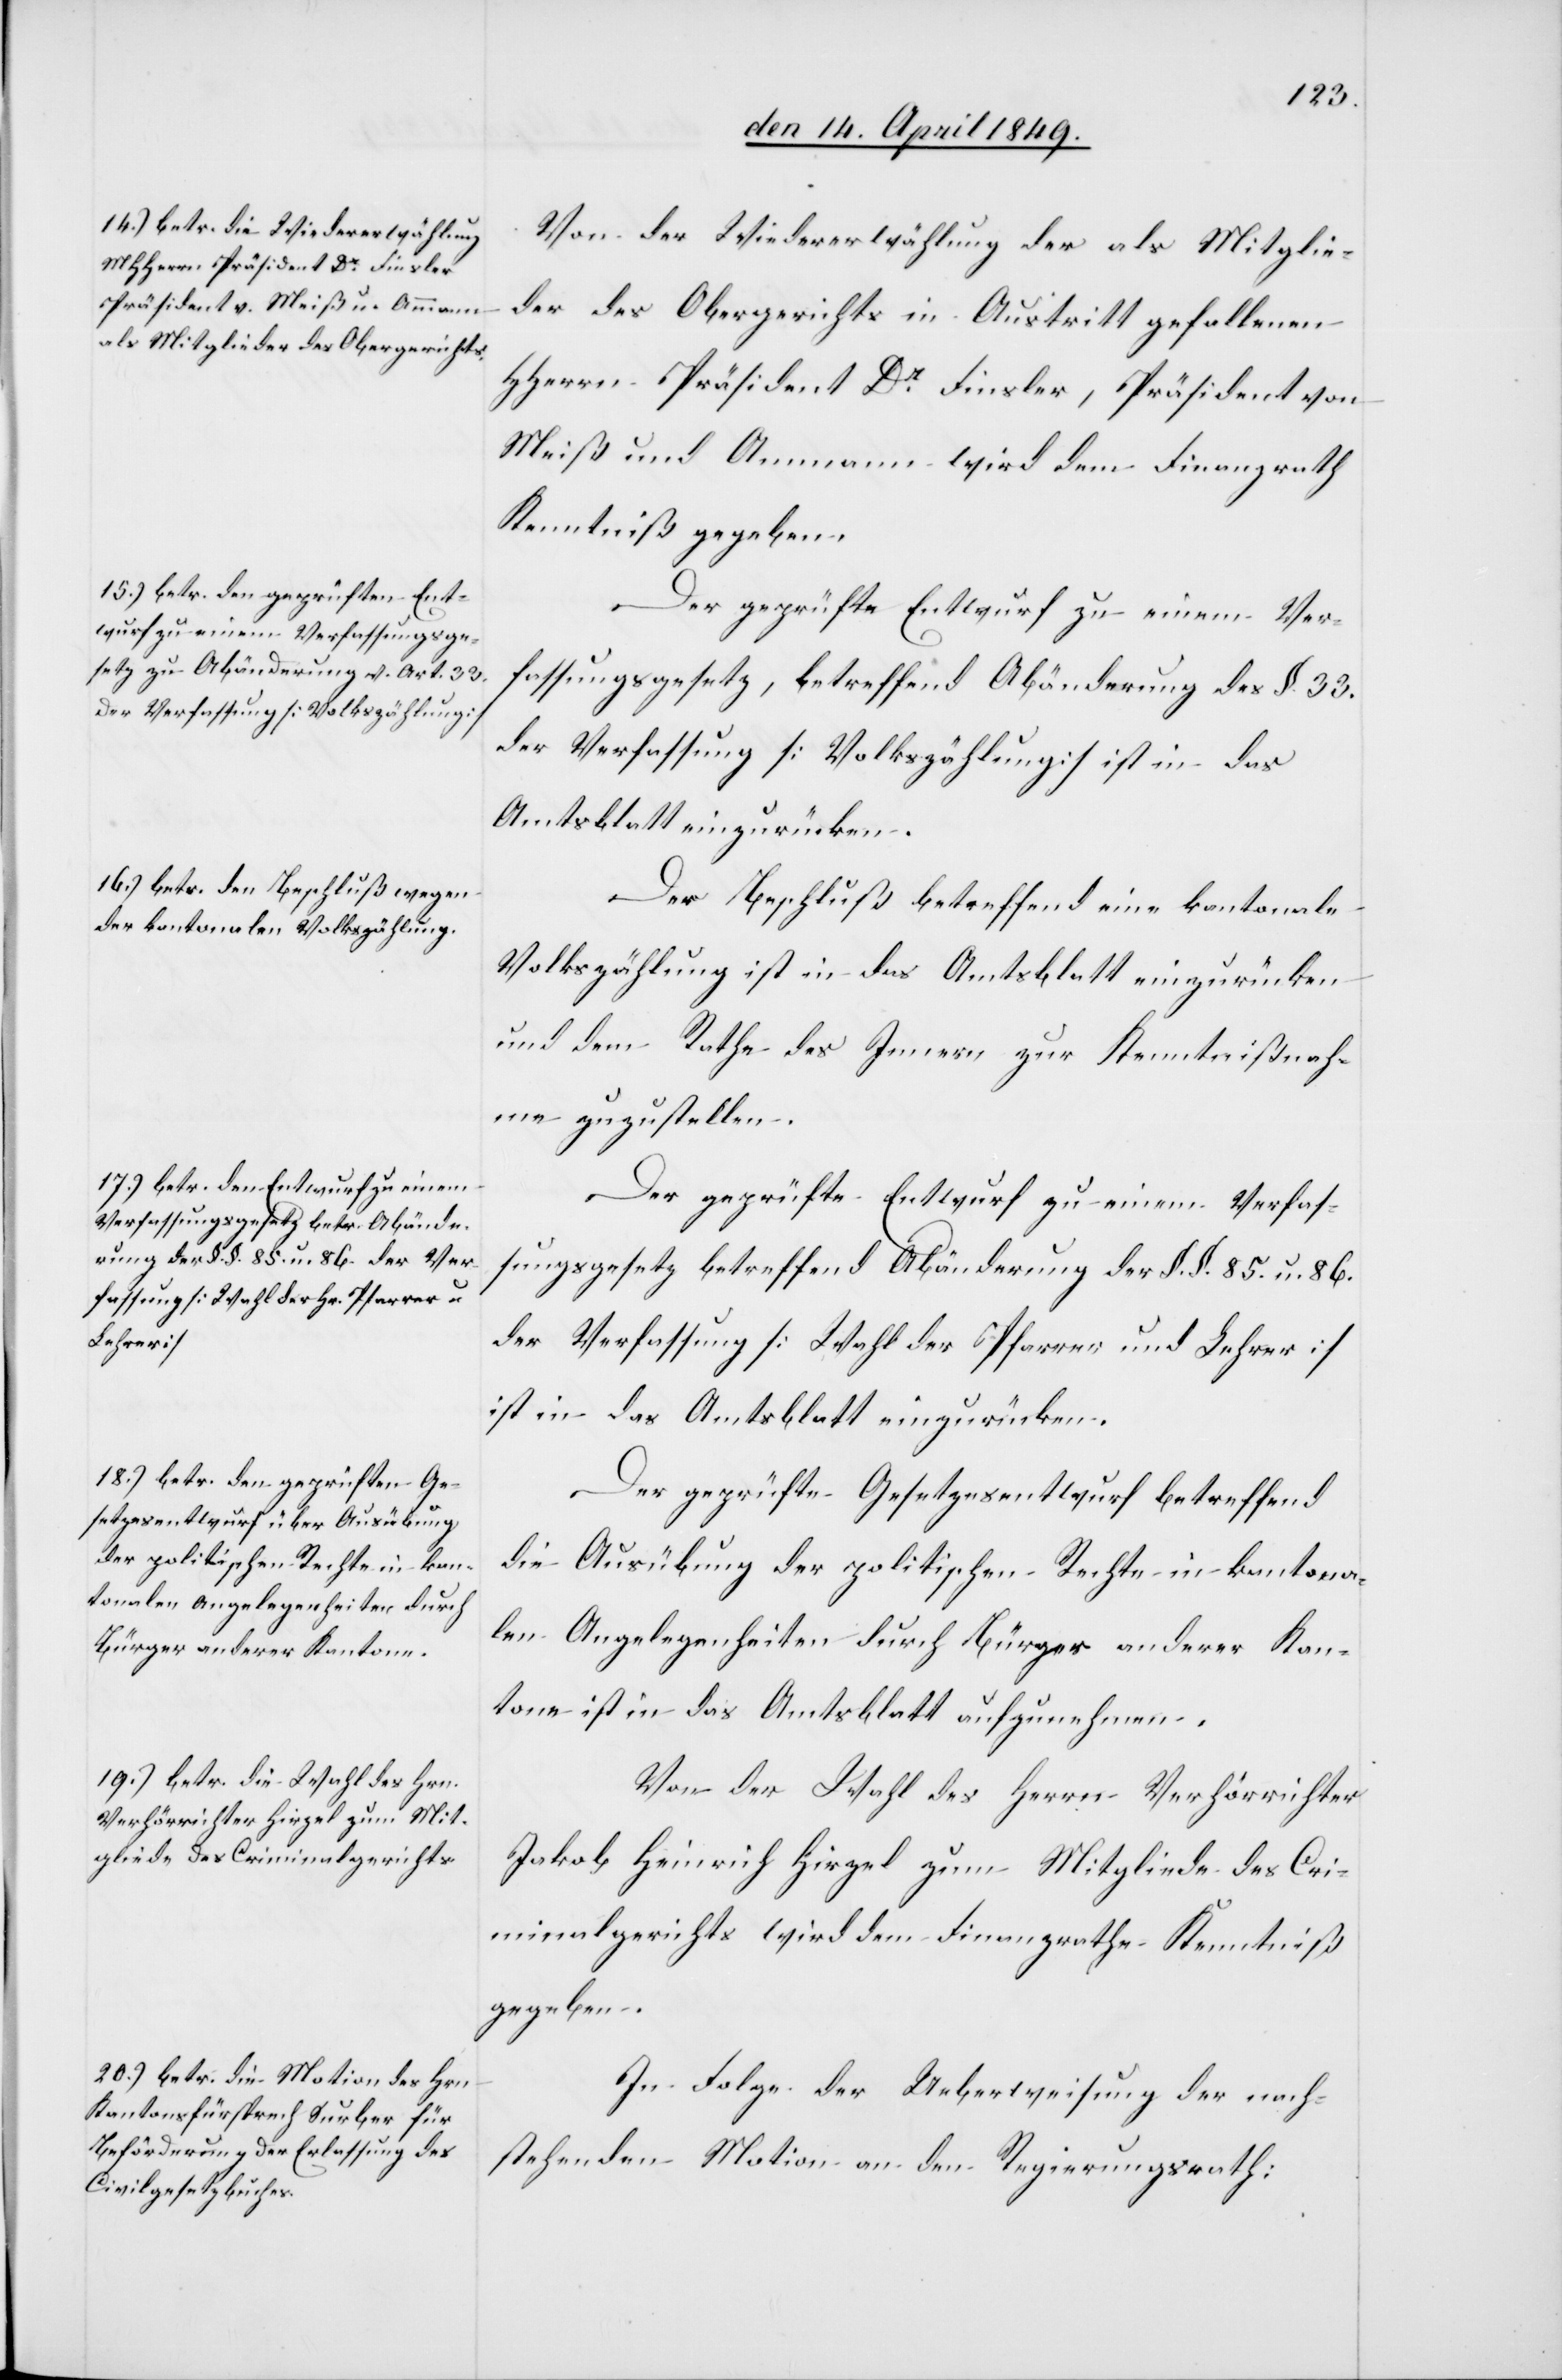
Von der Wiederwählung der als Mitglie¬
der des Obergerichts in Austritt gefallenen
HHerrn Präsident Dr Finsler, Präsident von
Meiß und Ammann wird dem Finanzrath
Kenntniß gegeben.
Der geprüfte Entwurf zu einem Ver¬
fassungsgesetz, betreffend Abänderung des §. 33.
der Verfassung [Volkszählung] ist in das
Amtsblatt einzurücken.
Der Beschluß betreffend eine kantonale
Volkszählung ist in das Amtsblatt einzurücken
und dem Rathe des Innern zu Kenntnißnah¬
me zuzustellen.
Der geprüfte Entwurf zu einem Verfas¬
sungsgesetz betreffend Abänderung der §. §. 85. u. 86.
der Verfassung [Wahl der Pfarrer und Lehrer]
ist in das Amtsblatt einzurücken.
Der geprüfte Gesetzesentwurf betreffend
die Ausübung der politischen Rechte in kantona¬
len Angelegenheiten durch Bürger anderer Kan¬
tone ist in das Amtsblatt aufzunehmen.
Von der Wahl des Herrn Verhörrichter
Jakob Heinrich Hirzel zum Mitgliede des Cri¬
minalgerichts wird dem Finanzrathe Kenntniß
gegeben.
In Folge der Ueberweisung der nach¬
stehenden Motion an den Regierungsrath: